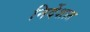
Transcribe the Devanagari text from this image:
निर्देशात